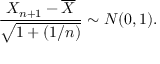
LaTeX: { \frac { X _ { n + 1 } - { \overline { { X } } } } { \sqrt { 1 + ( 1 / n ) } } } \sim N ( 0 , 1 ) .